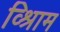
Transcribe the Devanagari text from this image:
व्श्रिाम